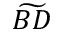
\widetilde { B D }